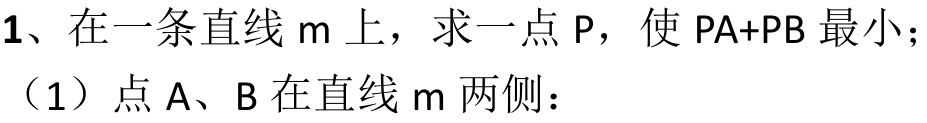
1、在一条直线 \(m\) 上，求一点 \(P\)，使 \(PA + PB\) 最小；
（1）点 \(A\)、\(B\) 在直线 \(m\) 两侧：